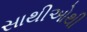
સાથીઓથી